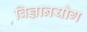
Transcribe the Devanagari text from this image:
विज्ञानयोग